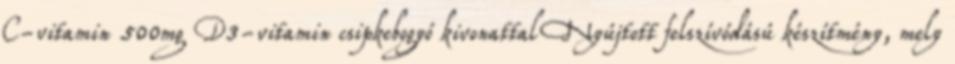
C-vitamin 500mg D3-vitamin csipkebogyó kivonattal Nyújtott felszívódású készítmény, mely